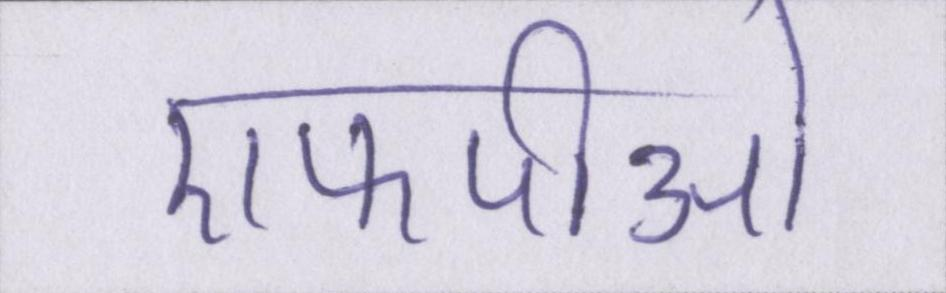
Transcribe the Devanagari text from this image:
एफपीओ